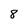
Character: 8